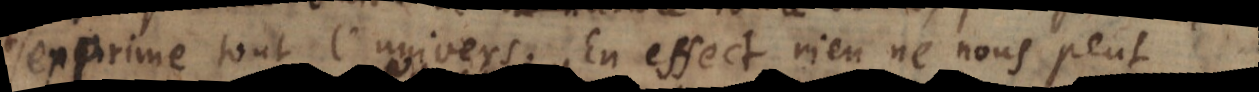
exprime tout l’univers. En effect rien ne nous peut